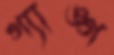
গ্যাঙ্গ